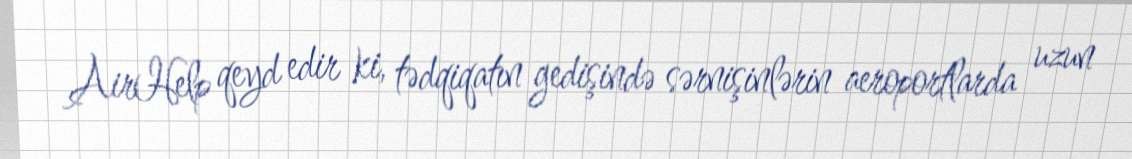
AirHelp qeyd edir ki, tədqiqatın gedişində sərnişinlərin aeroportlarda uzun